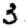
Digit: 3